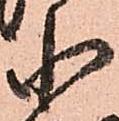
小